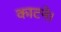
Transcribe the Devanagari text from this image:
काटने।